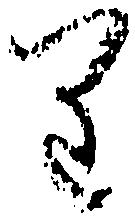
り